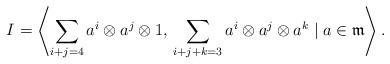
LaTeX: \begin{align*}I = \left\langle \sum_{i+ j = 4} a^i\otimes a^j\otimes 1,\, \sum_{i+j+k =3}a^i\otimes a^j\otimes a^k \mid a\in \mathfrak{m} \right\rangle.\end{align*}